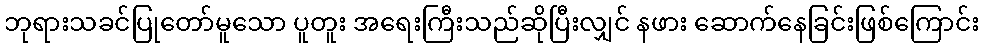
ဘုရားသခင်ပြုတော်မူသော ပူတူး အရေးကြီးသည်ဆိုပြီးလျှင် နဖား ဆောက်နေခြင်းဖြစ်ကြောင်း